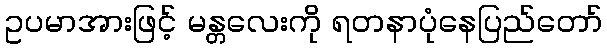
ဥပမာအားဖြင့် မန္တလေးကို ရတနာပုံနေပြည်တော်